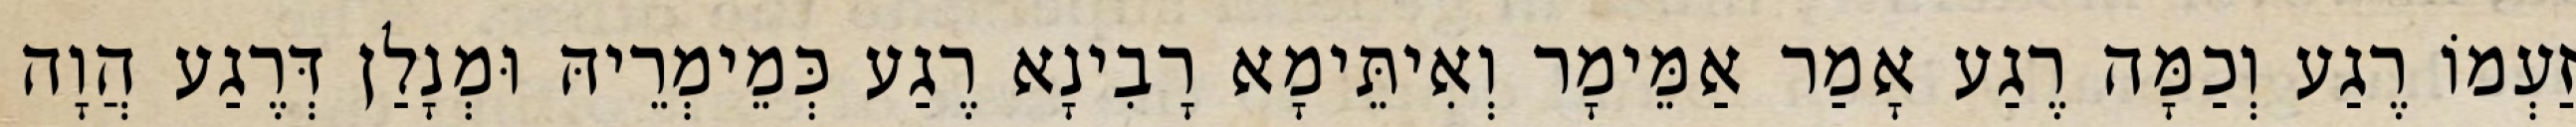
זַעְמוֹ רֶגַע וְכַמָּה רֶגַע אָמַר אַמֵּימָר וְאִיתֵּימָא רָבִינָא רֶגַע כְּמֵימְרֵיהּ וּמְנָלַן דְּרֶגַע הֲוָה